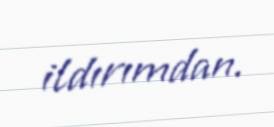
ildırımdan.